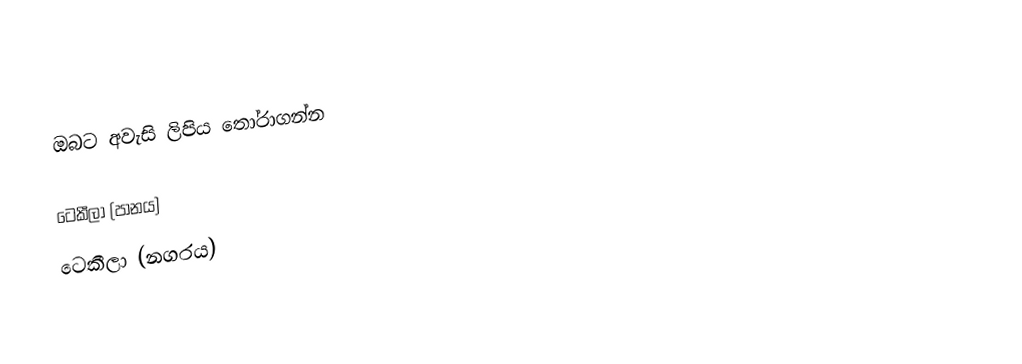
ඔබට අවැසි ලිපිය තෝරාගන්න

 ටෙකීලා (පානය)
 ටෙකීලා (නගරය)